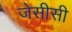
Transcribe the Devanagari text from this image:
जेसीसी